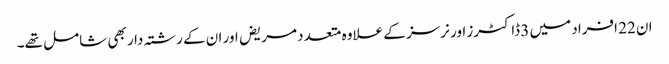
ان 22 افراد میں 3 ڈاکٹرز اور نرسز کے علاوہ متعدد مریض اور ان کے رشتہ دار بھی شامل تھے۔